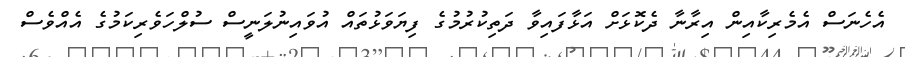
އެހެނަސް އެމެރިކާއިން އިރާނާ ދެކޮޅަށް އަޅާފައިވާ ދަތިކުރުމުގެ ފިޔަވަޅުތައް އުވައިނުލަނީސް ސުލްހަވެރިކަމުގެ އެއްވެސް